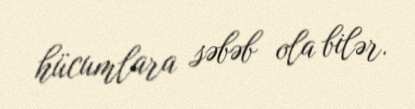
hücumlara səbəb ola bilər.